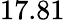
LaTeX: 17.81